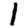
Digit: 1